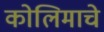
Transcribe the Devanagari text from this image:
कोलिमाचे